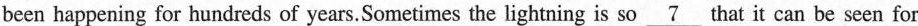
been happening for hundreds of years.Sometimes the lightning is so \underline{7} that it can be seen for